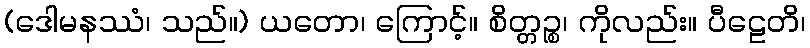
(ဒေါမနဿံ၊ သည်။) ယတော၊ ကြောင့်။ စိတ္တဉ္စ၊ ကိုလည်း။ ပီဠေတိ၊